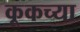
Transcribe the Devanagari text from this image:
कूकच्या